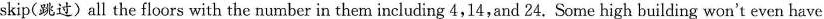
skip(跳过)all the floors with the number in them including 4,14,and 24. Some high building won't even have